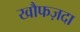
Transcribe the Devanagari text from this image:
खौफज़दा